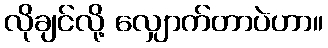
လိုချင်လို့ လျှောက်တာပဲဟာ။